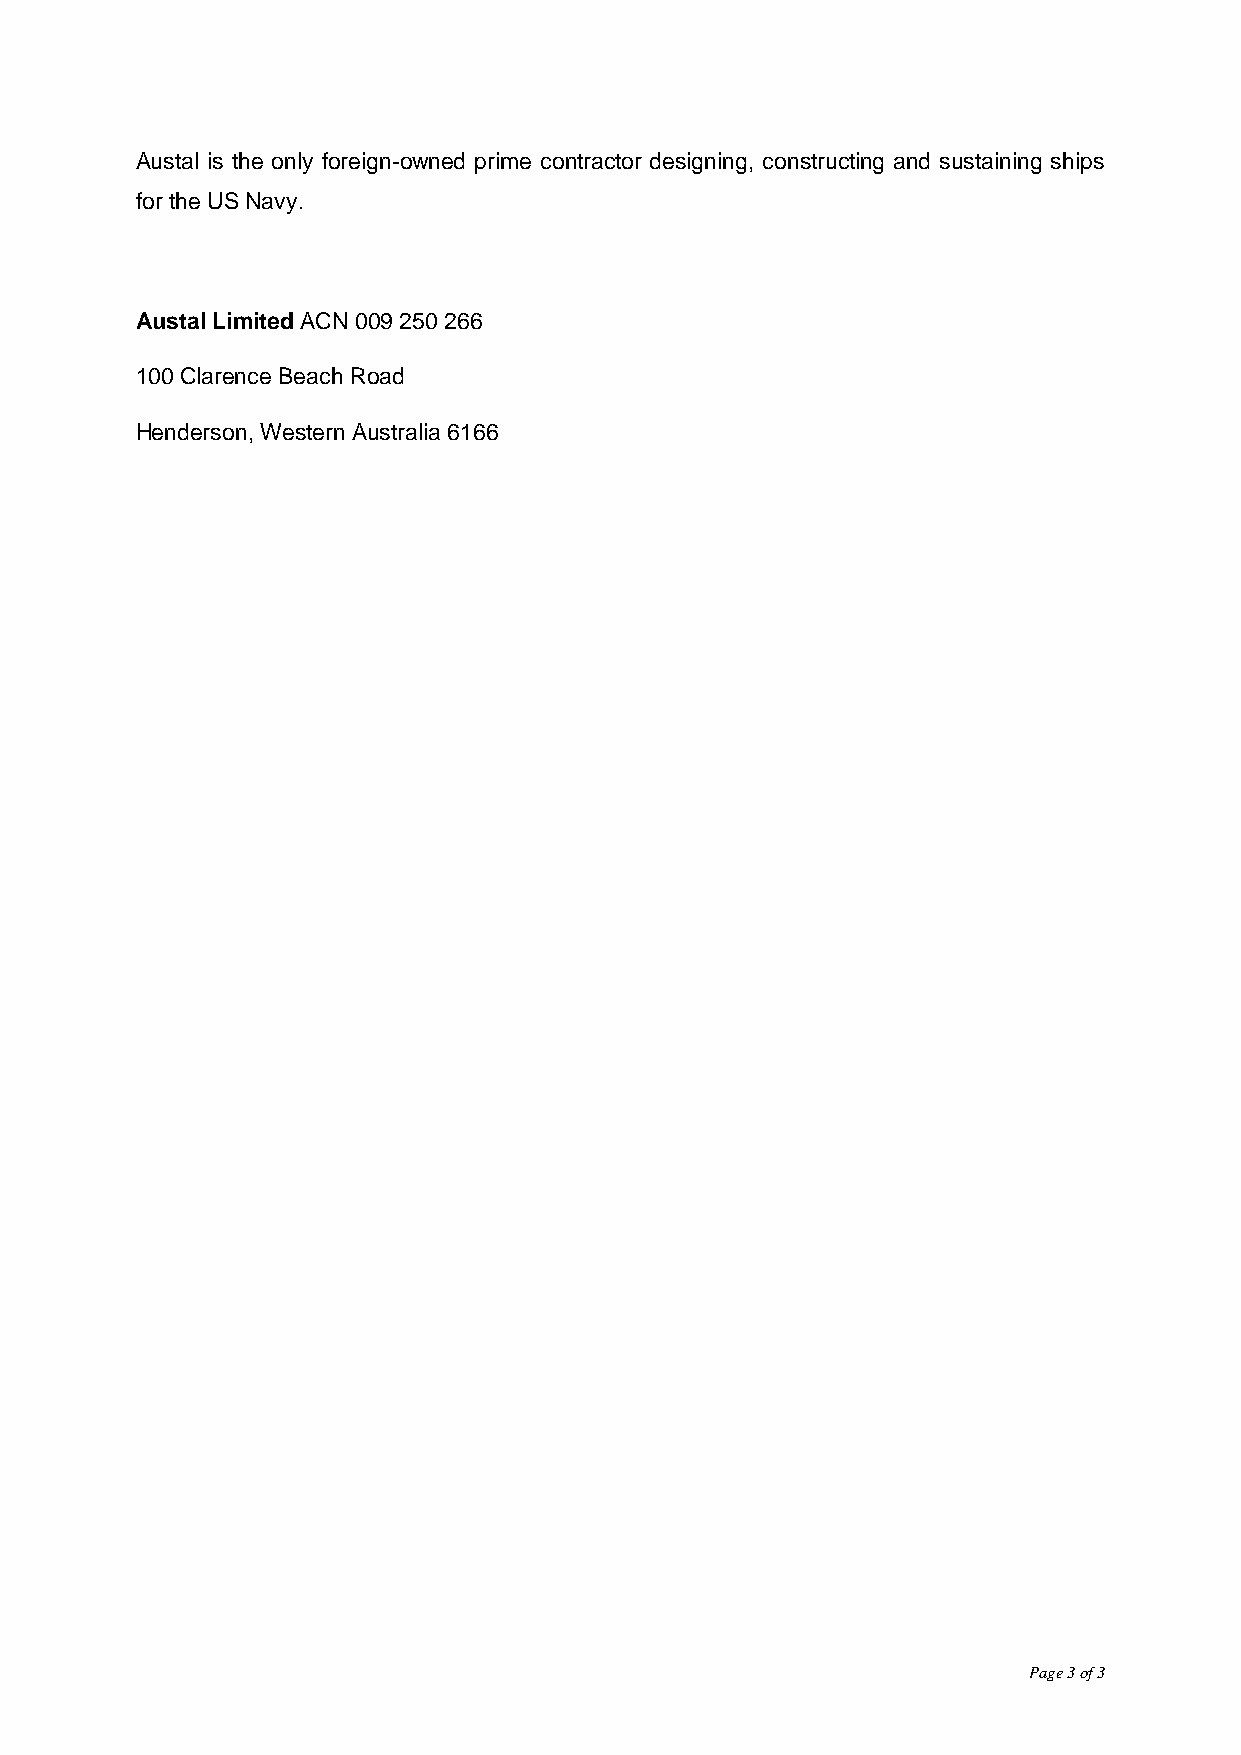
Austal is the only foreign-owned prime contractor designing, constructing and sustaining ships
 for the US Navy.
 Austal Limited ACN 009 250 266
 100 Clarence Beach Road
 Henderson, Western Australia 6166
 Page 3 of 3